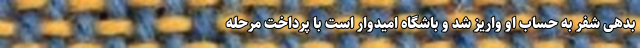
بدهی شفر به حساب او واریز شد و باشگاه امیدوار است با پرداخت مرحله